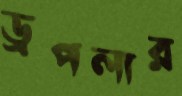
ড্রপলার